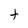
Character: t